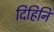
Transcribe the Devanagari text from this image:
दिहिनि